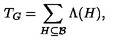
T _ { G } = \sum _ { H \subseteq \mathcal { B } } \Lambda ( H ) ,